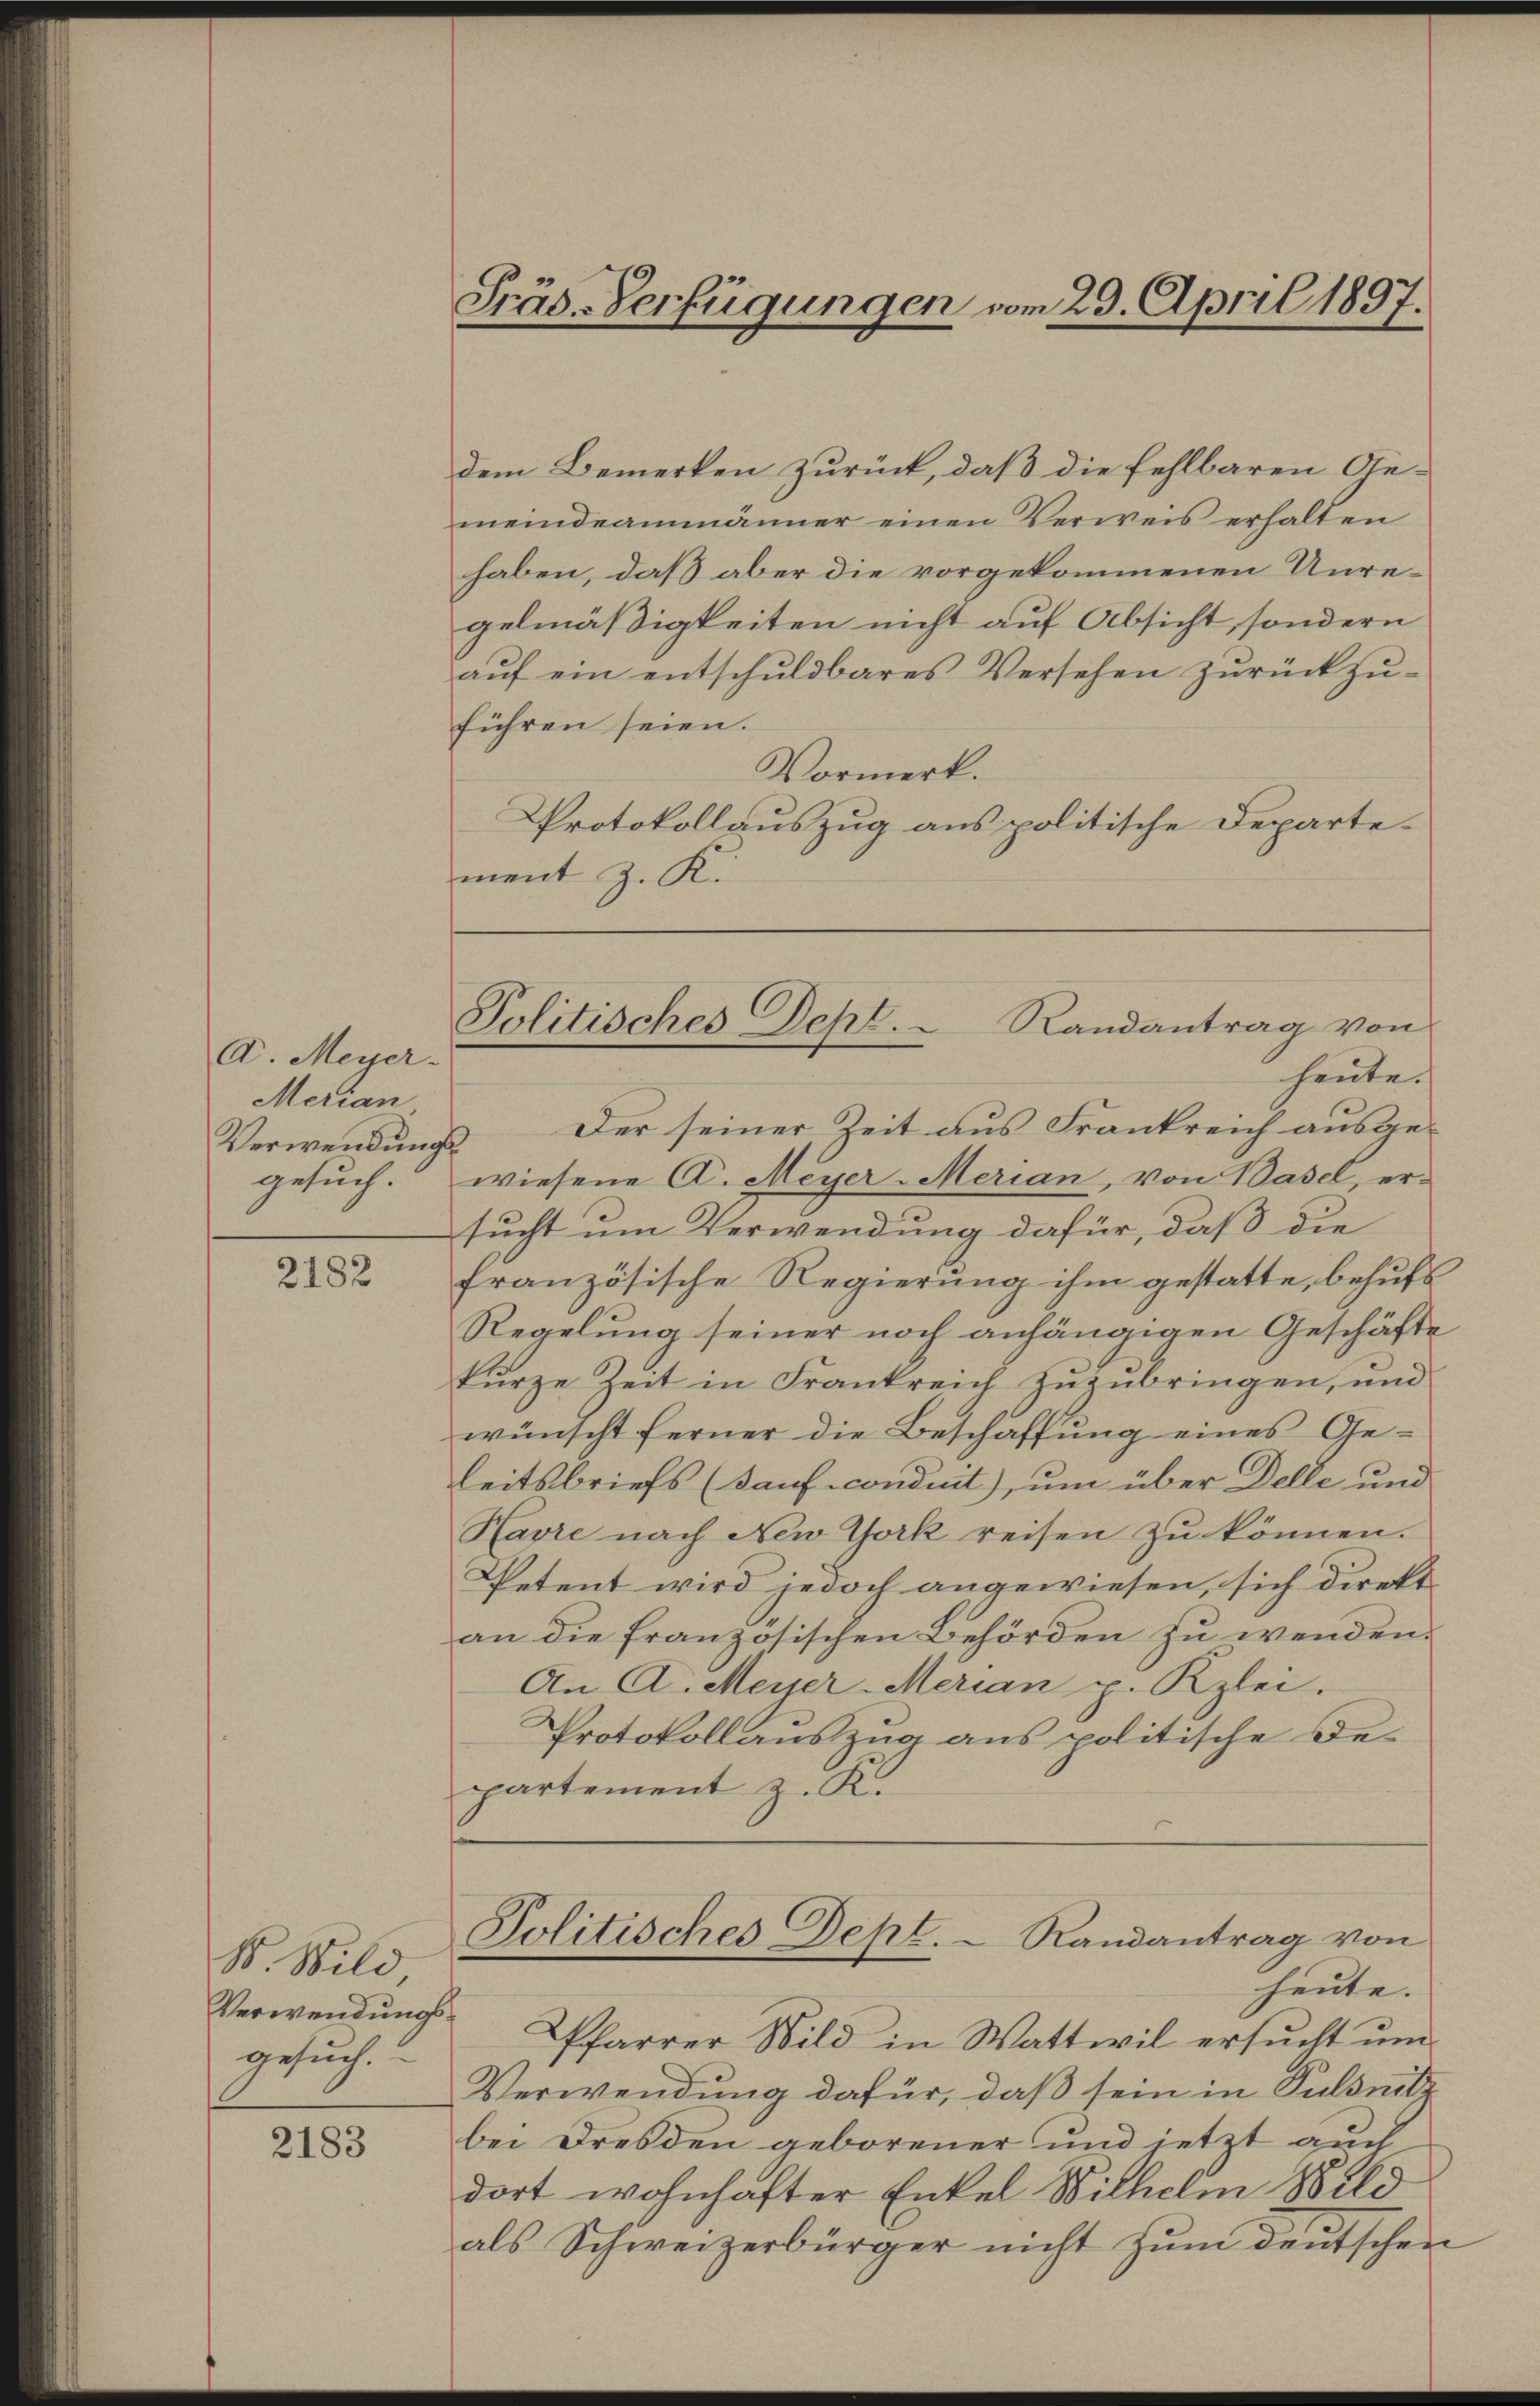
D. Meyer.
Merian
Verwendung
gesuch.

2182

B. Bild
Verwendungsgesuch.

2183

Präs-Verfügungen vom 29. April 1897.

Politisches Dept. Randantrag von
heute.

dem Bemerken zurück, daß die fehlbaren Gemeindeammänner einen Verweis erhalten
haben, daß aber die vorgekommenen Unregelmäßigkeiten nicht auf Absicht, sondern
aŭf ein entschŭldbares Versehen zŭrückzŭ-
führen seien.
Vormerk.
Protokollauszug aus politische Departe-
ment z. K.
Der seiner Zeit aus Frankreich ausgef
wiesene A. Meyer-Merian, von Basel, ersucht um Verwendung dafür, daß die
französische Regierung ihm gestatte, behufs
Regelung seiner noch anhängigen Geschäfte
kurze Zeit in Frankreich zuzubringen, und
wünscht ferner die Beschaffung eines Ge-
leitsbriefs (sauf condint), um über Delle und
Havre nach New York reisen zu können.
Petent wird jedoch angewiesen, sich direkt
an die französischen Behörden zu wenden.
An A. Meyer-Merian p. Kzlei.
Protokollauszug aus politische De-
partement z. K.
Politisches Dept. Randantrag von
heute.
Pfarrer Wild in Wattwil ersucht um
Verwendung dafür, daß sein in Pulsnitz
bei Dresden geborener und jetzt auch
dort wohnhafter Enkel Wilhelm Wild
als Schweizerbürger nicht zum deutschen